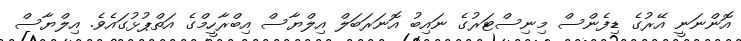
އޮންނަނީ އޭރުގެ ޑިފެންސް މިނިސްޓަރުގެ ނައިބު އޮނަރަބަލް އިލްޔާސް އިބްރާހީމްގެ އަތްޕުޅުގައެވެ. އިލްޔާސް